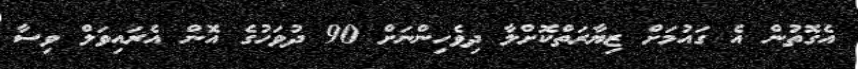
އެގޮތުން އެ ގައުމަށް ޒިޔާރަތްކޮށްލާ ދިވެހިންނަށް 90 ދުވަހުގެ އޮން އެރައިވަލް ވިސާ